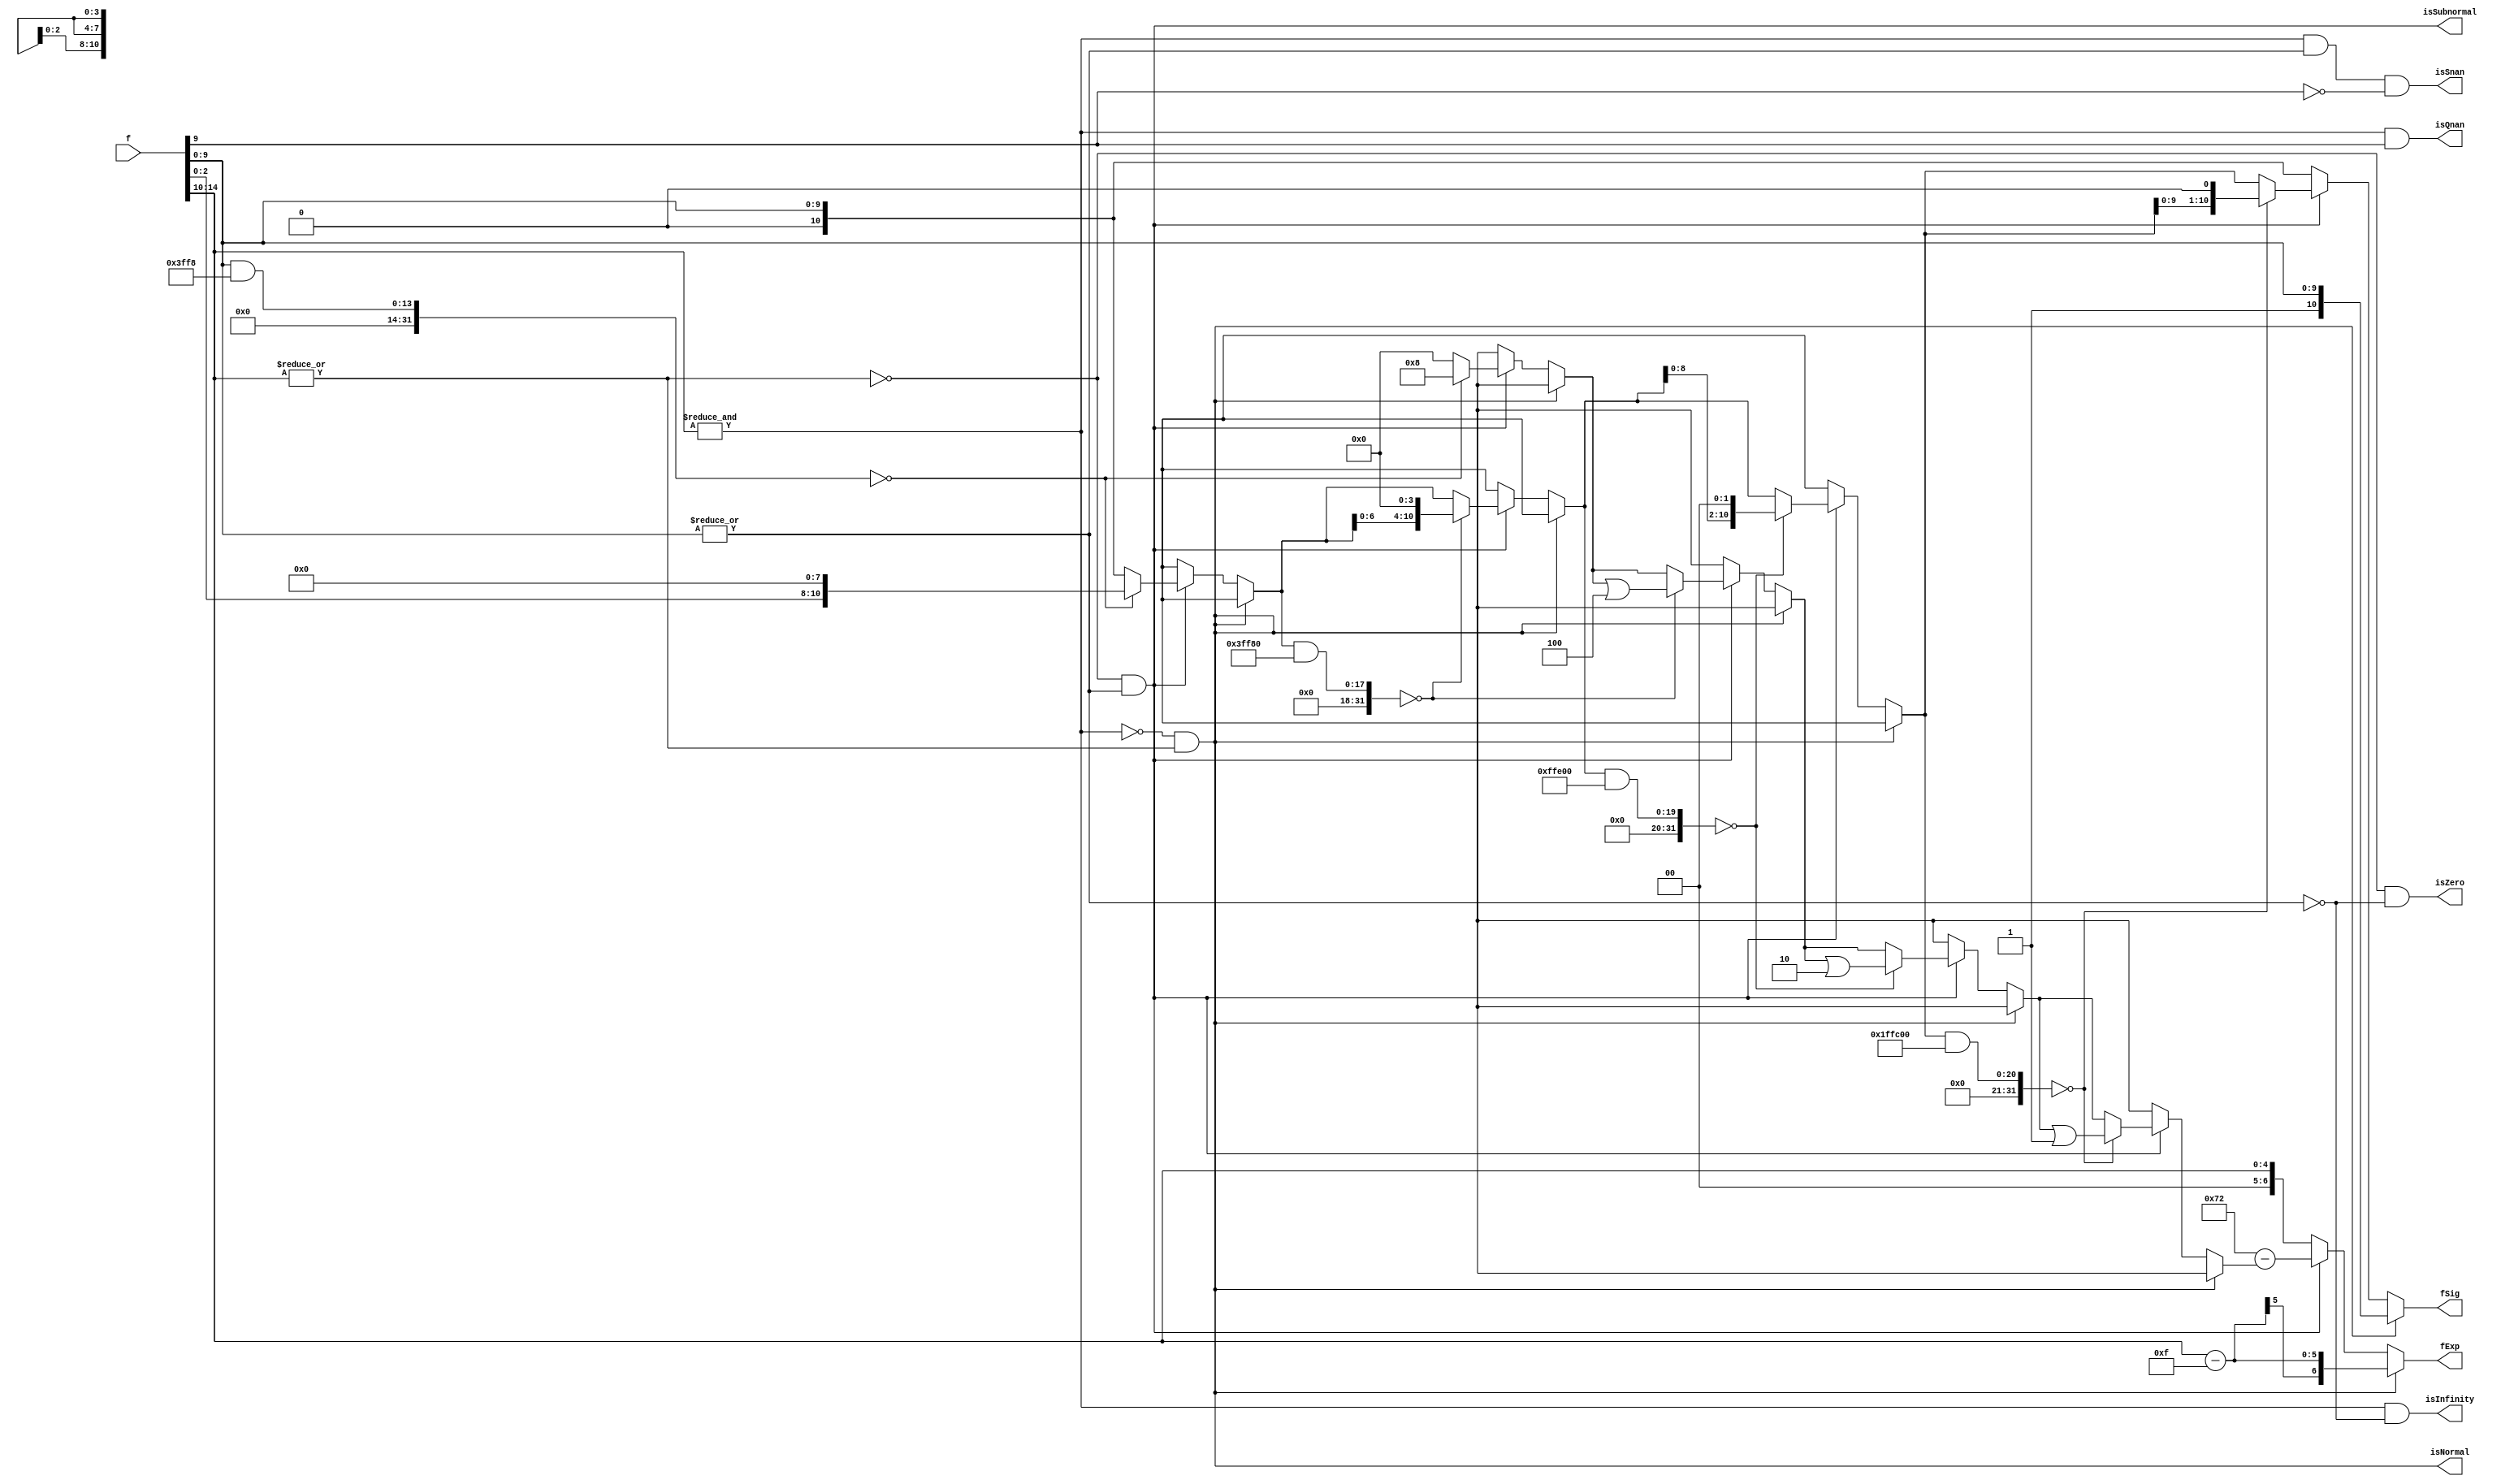
module hp_class(f, fExp, fSig, isSnan, isQnan, isInfinity, isZero, isSubnormal,
                   isNormal);
    input [15:0] f;
    output signed [6:0] fExp;
    reg signed [6:0] fExp;
    output [10:0] fSig;
    reg [10:0] fSig;
    output isSnan, isQnan, isInfinity, isZero, isSubnormal, isNormal;
    
    wire expOnes, expZeroes, sigZeroes;
    
    assign expOnes   =  &f[14:10];
    assign expZeroes = ~|f[14:10];
    assign sigZeroes = ~|f[9:0];
    
    assign isSnan      =  expOnes   & ~sigZeroes & ~f[9];
    assign isQnan      =  expOnes                &  f[9];
    assign isInfinity  =  expOnes   &  sigZeroes;
    assign isZero      =  expZeroes &  sigZeroes;
    assign isSubnormal =  expZeroes & ~sigZeroes;
    assign isNormal    = ~expOnes   & ~expZeroes;
    
    reg [10:0] mask = ~0;
    reg [3:0] sa;
    
    integer i;
    
    always @(*)
      begin
        // Use actual exponent/significand values for sNaNs, qNaNs,
        // infinities, and zeroes.
        fExp = f[14:10];
        fSig = f[9:0];
        
        sa = 0;

        if (isNormal)
          {fExp, fSig} = {f[14:10] - 15, 1'b1, f[9:0]};
        else if (isSubnormal)
          begin
            // Shift the most significant bit into the position
            // of the Normal's implied 1. Keep track of how many
            // places were needed to shift the most significant
            // set bit so we can adjust the exponent when we're
            // done.
            for (i = 8; i > 0; i = i >> 1)
              begin
                if ((fSig & (mask << (11 - i))) == 0)
                  begin
                    fSig = fSig << i;
                    sa = sa | i;
                  end
              end
              
            fExp = -14 - sa; // "-14" is the smallest Normal exponent
                             // as a signed value.
          end
      end
    
endmodule